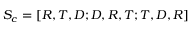
S _ { c } = [ R , T , D ; D , R , T ; T , D , R ]